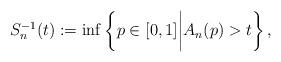
LaTeX: \begin{align*}S_n^{-1} (t) := \inf \left\{p \in [0,1] \bigg| A_n(p) > t \right\},\end{align*}